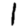
Digit: 1